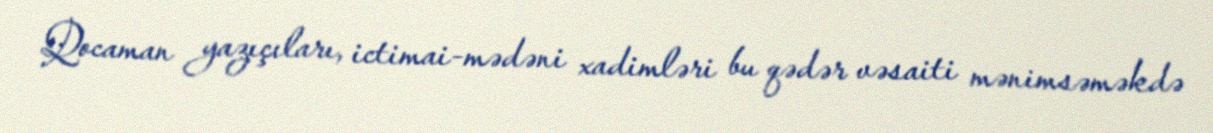
Qocaman yazıçıları, ictimai-mədəni xadimləri bu qədər vəsaiti mənimsəməkdə